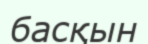
басқын